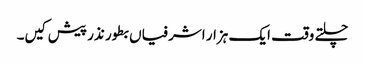
چلتے وقت ایک ہزار اشرفیاں بطور نذر پیش کیں۔